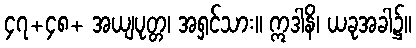
၄၇+၄၈+ အယျပုတ္တ၊ အရှင်သား။ ဣဒါနိ၊ ယခုအခါ၌။